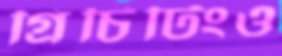
গ্রিচিটিংও